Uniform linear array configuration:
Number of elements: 24
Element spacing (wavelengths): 1
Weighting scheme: blackman
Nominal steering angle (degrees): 0
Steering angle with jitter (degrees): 0.8767
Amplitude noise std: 0.05
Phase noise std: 0.05

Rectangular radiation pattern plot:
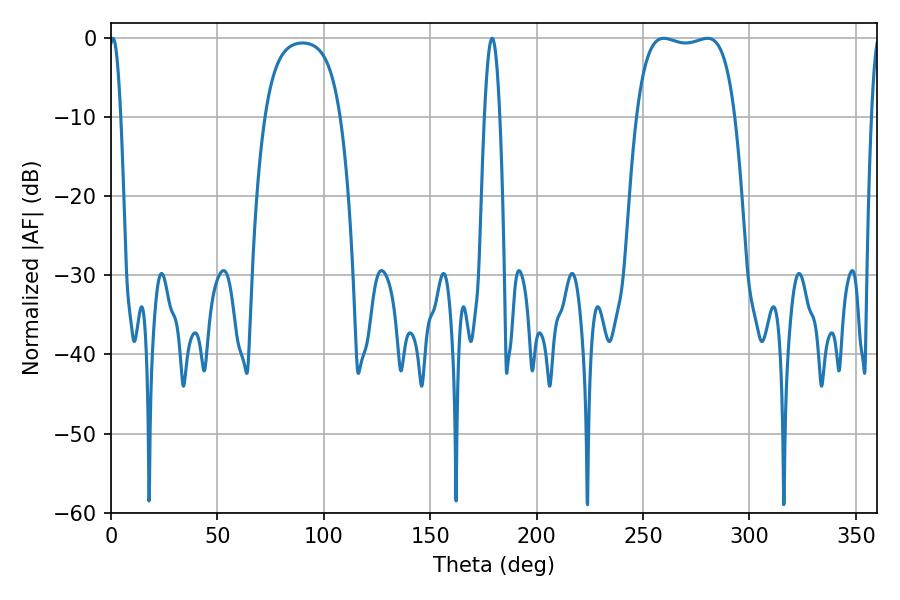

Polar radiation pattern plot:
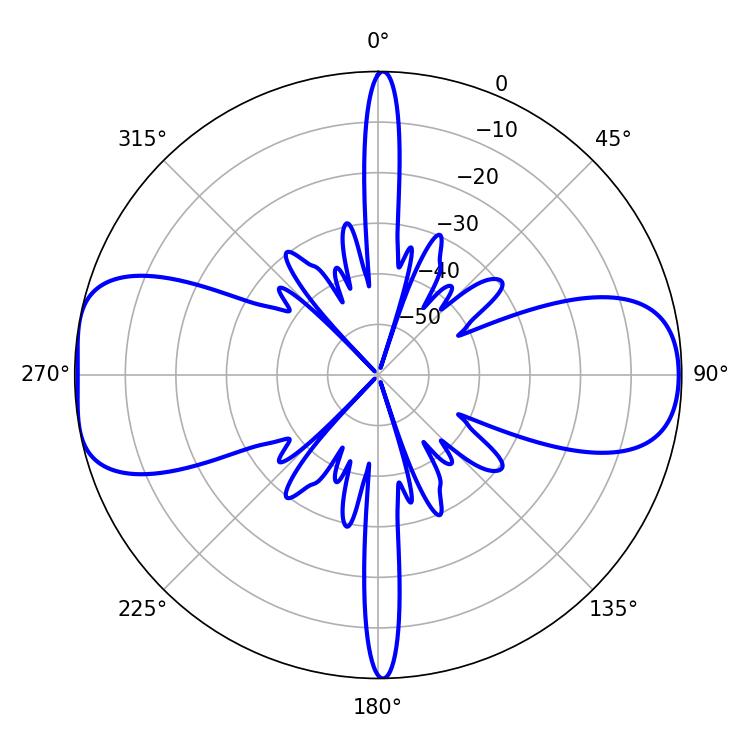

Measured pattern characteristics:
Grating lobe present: TRUE
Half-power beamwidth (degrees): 36.72
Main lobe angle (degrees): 259.74